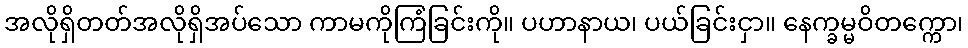
အလိုရှိတတ်အလိုရှိအပ်သော ကာမကိုကြံခြင်းကို။ ပဟာနာယ၊ ပယ်ခြင်းငှာ။ နေက္ခမ္မဝိတက္ကော၊